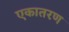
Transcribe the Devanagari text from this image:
एकातरण